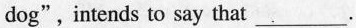
dog” intends to say that___.